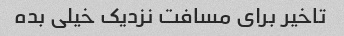
تاخیر برای مسافت نزدیک خیلی بده